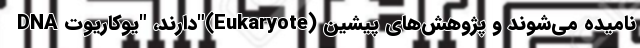
DNA دارند، "یوکاریوت"(Eukaryote) نامیده می‌شوند و پژوهش‌های پیشین